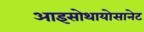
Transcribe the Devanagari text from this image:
आइसोथायोसानेट